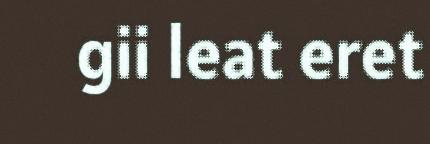
gii leat eret